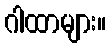
ဂါထာများ။